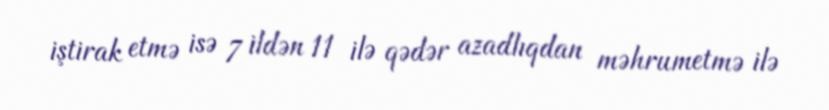
iştirak etmə isə 7 ildən 11 ilə qədər azadlıqdan məhrumetmə ilə